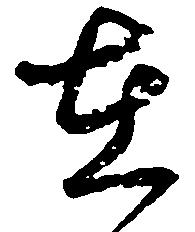
在